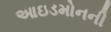
આઇડમોનની